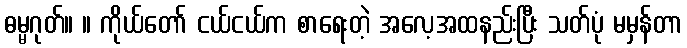
ဓမ္မဂုတ်။ ။ ကိုယ်တော် ငယ်ငယ်က စာရေးတဲ့ အလေ့အထနည်းပြီး သတ်ပုံ မမှန်တာ